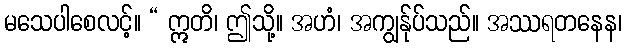
မသေပါစေလင့်။ “ ဣတိ၊ ဤသို့။ အဟံ၊ အကျွန်ုပ်သည်။ အဿရတနေန၊